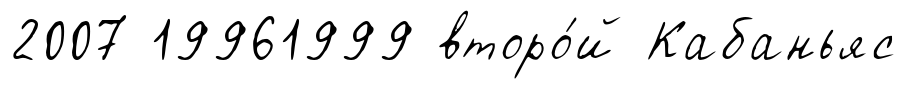
2007 19961999 второ́й Кабаньяс